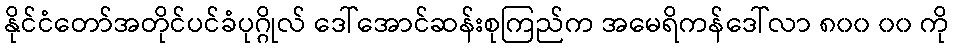
နိုင်ငံတော်အတိုင်ပင်ခံပုဂ္ဂိုလ် ဒေါ်အောင်ဆန်းစုကြည်က အမေရိကန်ဒေါ်လာ ၈၀၀ ၀၀ ကို